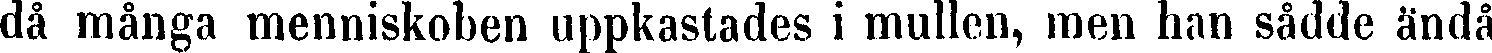
då många menniskoben uppkastades i mullen, men han sådde ändå